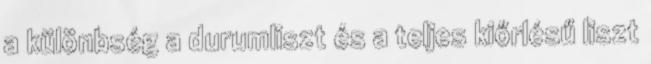
a különbség a durumliszt és a teljes kiőrlésű liszt